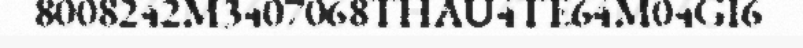
8008242M3407068THAU4TE64M04GI6